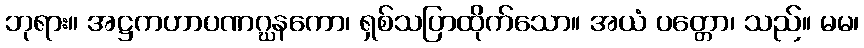
ဘုရား။ အဋ္ဌကဟာပဏဂ္ဃနကော၊ ရှစ်သပြာထိုက်သော။ အယံ ပတ္တော၊ သည်။ မမ၊